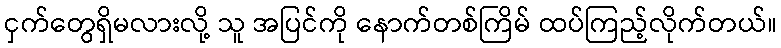
ငှက်တွေရှိမလားလို့ သူ အပြင်ကို နောက်တစ်ကြိမ် ထပ်ကြည့်လိုက်တယ်။